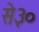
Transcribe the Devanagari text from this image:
से३०